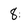
Character: 8